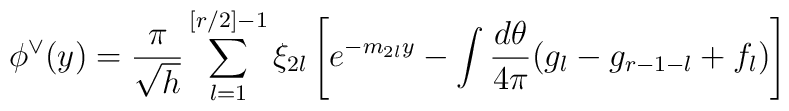
\phi ^{\vee }(y)=\frac{\pi }{\sqrt{h}}\sum_{l=1}^{[r/2]-1}\xi _{2l}\left[e^{-m_{2l}y}-\int \frac{d\theta }{4\pi }(g_{l}-g_{r-1-l}+f_{l})\right]